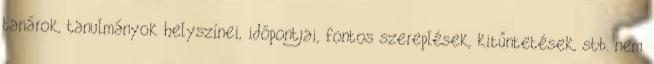
tanárok, tanulmányok helyszínei, időpontjai, fontos szereplések, kitűntetések, stb. nem